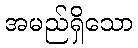
အမည်ရှိသော